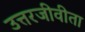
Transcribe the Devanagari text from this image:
उत्तरजीवीता